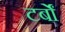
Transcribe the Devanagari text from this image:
टर्बों